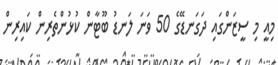
މިއީ މި ސީޒަންގައި ދަގަނޑޭގެ 50 ވަނަ ލަނޑު ބޫޓާން ކުޅުންތެރިން ކައިރިން